Lunatic asylums in Bengal annual reports 1888-1898 - 1888-1898
Year: 1888
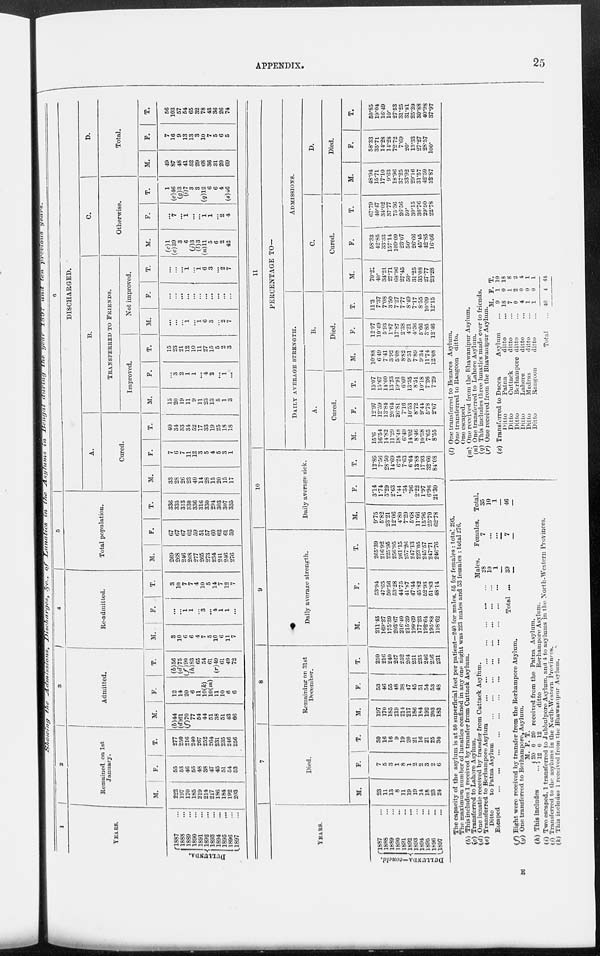
APPENDIX.
25
Showing
the Admissions,
Discharges,
&c., of Lunatics
in the Asylums
in Bengal
during
the year 1897 and
ten previous
years.
1
YEARS.
DULLUNDA.
1887 ...
1888 ...
1889 ...
1890
...
1891
...
1892 ...
1893 ...
1894 ...
1895 ...
1896 ...
1897 ...
2
Remained on 1st
January.
M.
222
197
170
185
219
214
217
186
184
192
203
F.
55
53
46
55
48
38
47
45
51
54
53
T.
277
250
216
240
267
252
264
231
235
246
256
3
Admitted.
M.
(b)44
(d)61
(f)70
77
54
44
51
38
51
43
66
F.
12
14
20
6
11
10(k)
10(m)
11
10
6
6
T.
(b)56
(d)75
(f)90
(h)83
65
54
61
(r)49
61
49
72
4
Re-admitted.
M.
3
10
6
6
4
7
5
10
6
11
7
F.
...
...
1
1
...
3
...
4
1
1
...
T.
3
10
7
7
4
10
5
14
7
12
7
5
Total population.
M.
269
268
246
268
277
265
273
234
241
246
276
F.
67
67
67
62
59
51
57
60
62
61
59
T.
336
335
313
330
336
316
330
294
303
307
335
6
DISCHARGED.
A.
Cured.
M.
33
28
26
23
40
14
28
15
20
15
17
F.
7
6
7
11
12
3
5
4
5
3
1
T.
40
34
33
34
52
17
33
19
25
18
18
B.
TRANSFERRED TO FRIENDS.
Improved.
M.
15
20
19
11
9
11
23
13
5
1
3
F.
...
3
2
1
1
...
4
2
...
1
...
T.
15
23
21
12
10
11
27
15
5
2
3
Not improved.
M.
...
...
...
1
...
1
6
3
...
2
7
F.
...
...
...
...
...
...
...
...
...
...
...
T.
...
...
...
1
...
1
6
3
...
2
7
C.
Otherwise.
M.
(c)1
(e)39
3
6
(j)3
(l)3
(n)11
5
6
2
42
F.
...
7
...
1
...
...
1
1
...
2
4
T.
1
(e)46
(g)3
(i)7 3
3
(q)l2
6
6
4
(s)46
D.
Total.
M.
49
87
48
41
52
29
68
36
31
20
69
F.
7
16
9
13
13
3
10
7
5
6
5
T.
56
103
57
54
65
32
78
43
36
26
74
YEARS.
DULLUNDA—concld.
1887 ...
1888 ...
1889 ...
1890 ...
1891 ...
1892
...
1893
...
1894 ...
1895 ...
1896 ...
1897 ...
7
Died.
M.
23
11
13
8
11
19
19
14
18
23
24
F.
7
5
3
1
8
1
2
2
3
2
6
T.
30
16
16
9
19
20
21
16
21
25
30
8
Remaining on 31st
December.
M.
197
170
185
219
214
217
186
184
192
203
183
F.
53
46
55
48
38
47
45
51
54
53
48
T.
250
216
240
267
252
264
231
235
246
256
231
9
Daily average strength.
M.
211.45
169.27
175.39
203.67
216.40
215.39
199.69
177.23
192.64
195.88
198.62
F.
53.94
47.65
50.56
53.28
44.75
41.87
47.44
45.82
52.93
51.83
48.14
T.
265.39
216 92
225.95
256.95
261.15
257.26
247.13
223.05
245.57
247.71
246.76
10
Daily average sick.
M.
9.75
5.82
23.21
12.06
4.80
7.29
5.68
11.66
15.96
25.70
62.78
F.
3.14
1.74
5.29
2.63
1.44
.34
.96
2.22
1.97
6.96
21.30
T.
12.88
7.56
28.50
14.69
6.24
7.63
6.64
13.88
17.93
32.66
84.08
11
PERCENTAGE TO¬
DAILY AVERAGE STRENGTH.
A.
Cured.
M.
15.6
16.54
14.82
11.29
18.48
6.49
14.02
8.46
10.38
7.65
8.55
F.
12.97
12.59
13.84
20.64
26.81
7.16
10.53
8.72
9.44
5.78
2.07
T.
15.07
15.67
14.60
13.23
19.91
6.60
13.35
8.51
10.18
7.26
7.29
B.
Died.
M.
10.88
6.49
7.41
3.92
5.08
8.82
9.51
7.89
9.34
11.74
12.08
F.
12.97
10.49
593
1.87
17.87
2.38
4.21
4.36
5.66
3.85
12.46
T.
11.3
7.37
7.08
3.50
727
7.77
8.49
7.17
8.55
10.09
12.15
ADMISSIONS.
C.
Cured.
M.
70.21
40.
34.21
27.71
68.96
27.45
50.
31.25
35.08
27.77
23.28
F.
58.33
42.85
33.33
157.14
109.09
23.07
50.
26.66
45.45
42.85
16.66
T.
67.79
40.47
34.02
37.77
75.36
26.56
50.
30.15
36.76
29.50
22.78
D.
Died.
M.
48.94
15.71
17.10
9.63
18.96
37.25
33.92
29.16
31.57
42.59
32.87
F.
58.33
35.71
14.28
14.28
72.72
7.69
20.
13.33
27.27
28.57
100.
T.
50.85
19.04
16.49
10
27.53
31.25
31.81
25.39
30.88
40.98
37.97
The capacity of the asylum is at 50 superficial feet per patient—240 for males. 55 for females : total 295.
|
The maximum number of lunatics confined in any one night was 223 males and 53 females : total 276.
(b) This includes 1 received by transfer from Cuttack Asylum.
(c) Transferred to Lahore Asylum.
(d) One lunatic received by transfer from Cuttack Asylum.
(e) Transferred to Berhampore Asylum
...
...
...
...
...
...
...
Ditto
to Patna Asylum
...
...
...
...
...
...
...
Escaped
...
...
...
...
...
...
...
Total ...
Males.
28
10
1
39
Females.
7
...
...
7
Total.
35
10
1
46
(f) Eight were received by transfer from the Berhampore Asylum.
(g) One transferred to Berhampore, Asylum.
(h) This includes
M.
20
12
F.
0
0
T.
20
12
received from the Patna Asylum.
ditto
Berhampore Asylum.
(i) Two escaped, 1 transfered to Jubbulpore Asylum, and 4 to asylums in the North.Western Provinces.
(i) Transferred to the asylums in the North-Western Provinces.
(k) This includes 1 received from the Bhawanipur Asylum.
(l) One transferred to Benares Asylum.
One transferred to Rangoon ditto.
One escaped.
(m) One received from the Bhawanipur Asylum.
(n) One transferred to Lahore Asylum.
(q) This includes three lunatics made over to friends.
(r) One received from the Bhawanipur Asylum.
(s) Transferred to Dacca
Asylum ...
Ditto
Patna
ditto ...
Ditto
Cuttack
ditto ...
Ditto
Berhampore ditto ...
Ditto
Lahore
ditto ...
Ditto
Madras
ditto ...
Ditto
Rangoon
ditto ...
Total ...
M.
9
18
7
0
4
1
1
40
F.
1
0
1
2
0
0
0
4
T.
10
18
8
2
4
1
1
44
E